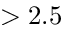
> 2 . 5